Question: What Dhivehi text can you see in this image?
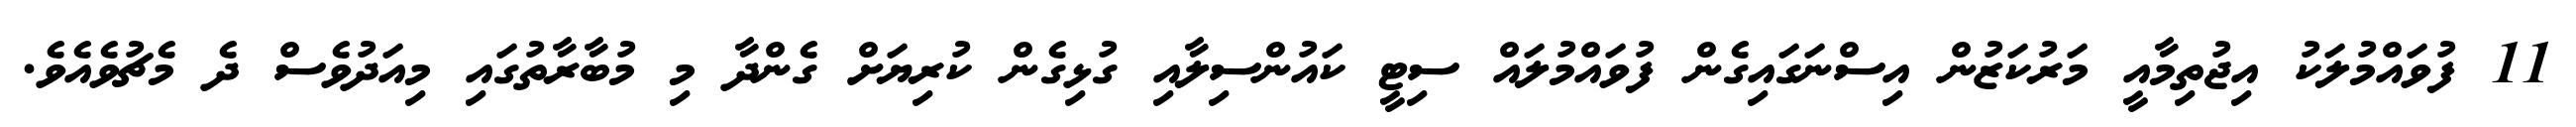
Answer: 11 ފުވައްމުލަކު އިޖުތިމާއީ މަރުކަޒުން އިސްނަގައިގެން ފުވައްމުލައް ސިޓީ ކައުންސިލާއި ގުޅިގެން ކުރިޔަށް ގެންދާ މި މުބާރާތުގައި މިއަދުވެސް ދެ މެޗުވެއެވެ.